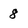
Character: 8